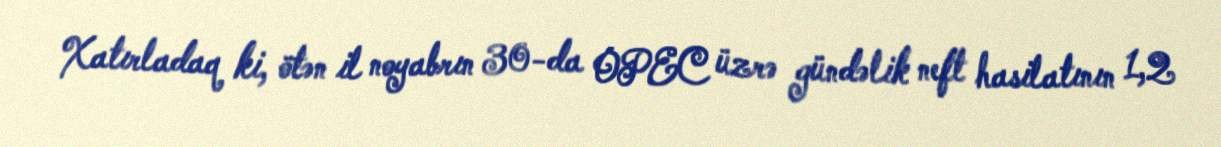
Xatırladaq ki, ötən il noyabrın 30-da OPEC üzrə gündəlik neft hasilatının 1,2